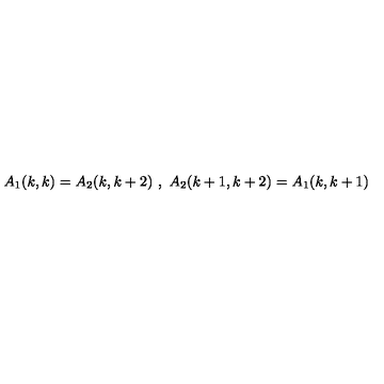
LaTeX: A _ { 1 } ( k , k ) = A _ { 2 } ( k , k + 2 ) \ , \ A _ { 2 } ( k + 1 , k + 2 ) = A _ { 1 } ( k , k + 1 )